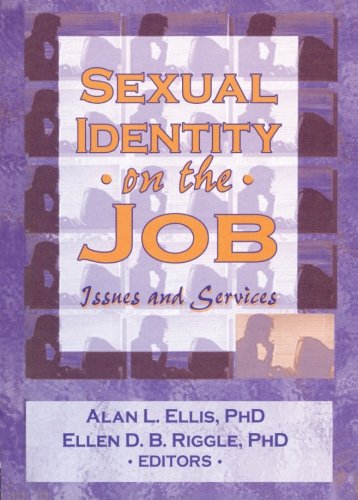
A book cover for Sexual Identity on the Job: Issues and Services (Issue 7); Alan L Ellis; Gay & Lesbian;